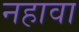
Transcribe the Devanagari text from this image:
नहावा